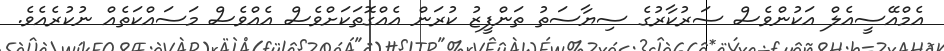
އެމްއޭސީއެލް އަކުންވެސް ސަރުކާރުގެ ސިޔާސަތު ތަންފީޒު ކުރަން އެއްގޮތަކަށްވެސް އެއްވެސް މަސައްކަތެއް ނުކުރެއެވެ.